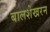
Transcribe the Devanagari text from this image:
बालशेखरन